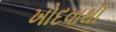
ખોદવાથી